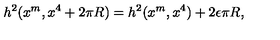
h ^ { 2 } ( x ^ { m } , x ^ { 4 } + 2 \pi R ) = h ^ { 2 } ( x ^ { m } , x ^ { 4 } ) + 2 \epsilon \pi R ,